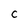
Character: C